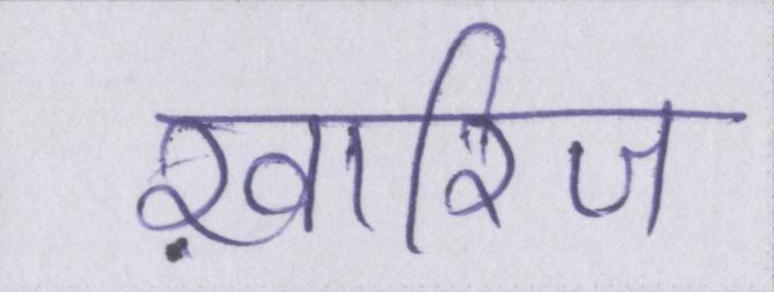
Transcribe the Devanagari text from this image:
ख़ारिज